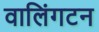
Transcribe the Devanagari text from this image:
वालिंगटन